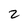
Character: 2